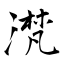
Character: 滼